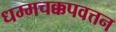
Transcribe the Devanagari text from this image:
धम्मचक्कपवत्तन